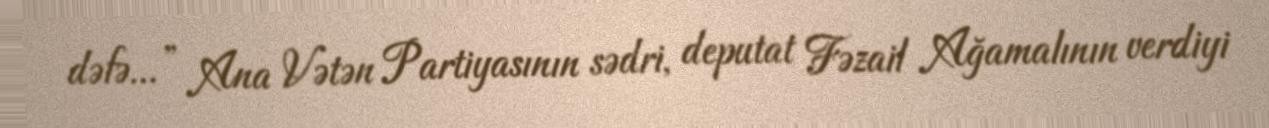
dəfə...” Ana Vətən Partiyasının sədri, deputat Fəzail Ağamalının verdiyi